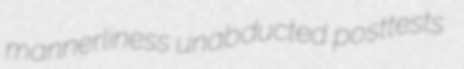
mannerliness unabducted posttests